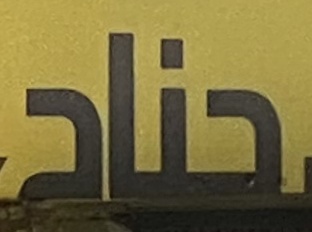
جناح